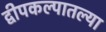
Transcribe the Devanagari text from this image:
द्वीपकल्पातल्या